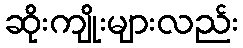
ဆိုးကျိုးများလည်း